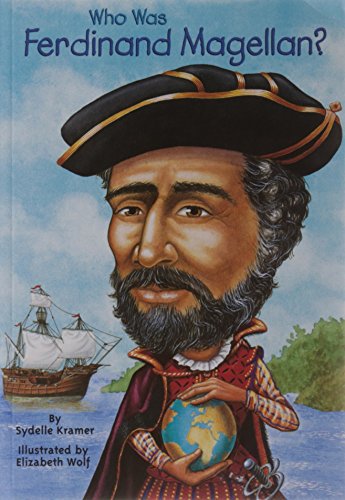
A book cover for Who Was Ferdinand Magellan?; S. A. Kramer; Children's Books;